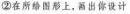
②在所给图形上，画出你设计